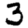
Digit: 3